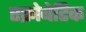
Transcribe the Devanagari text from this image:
एक्रोबेटिक